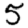
Digit: 5